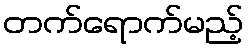
တက်ရောက်မည့်